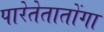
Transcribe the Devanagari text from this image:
पारेतेतातोंगा